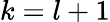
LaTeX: k=l+1